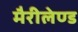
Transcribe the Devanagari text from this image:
मैरीलेण्ड